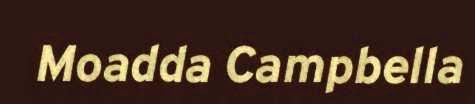
Moadda Campbella